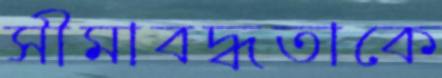
সীমাবদ্ধতাকে